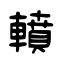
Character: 轒